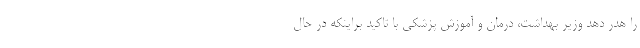
را هدر دهد وزیر بهداشت، درمان و آموزش پزشکی با تاکید براینکه در حال